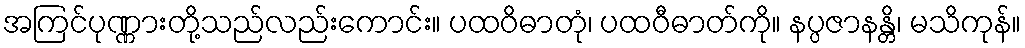
အကြင်ပုဏ္ဏားတို့သည်လည်းကောင်း။ ပထဝိဓာတုံ၊ ပထဝီဓာတ်ကို။ နပ္ပဇာနန္တိ၊ မသိကုန်။